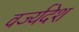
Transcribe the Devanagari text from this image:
वर्ज्यदेश